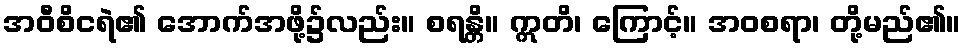
အဝီစိငရဲ၏ အောက်အဖို့၌လည်း။ စရန္တိ။ ဣတိ၊ ကြောင့်။ အဝစရာ၊ တို့မည်၏။